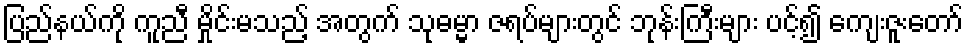
ပြည်နယ်ကို ကူညီ မှိုင်းမသည့် အတွက် သုဓမ္မာ ဇရပ်များတွင် ဘုန်းကြီးများ ပင့်၍ ကျေးဇူးတော်